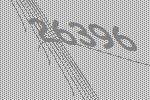
26396